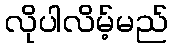
လိုပါလိမ့်မည်